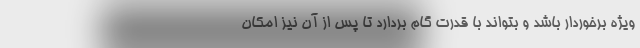
ویژه برخوردار باشد و بتواند با قدرت گام بردارد تا پس از آن نیز امکان